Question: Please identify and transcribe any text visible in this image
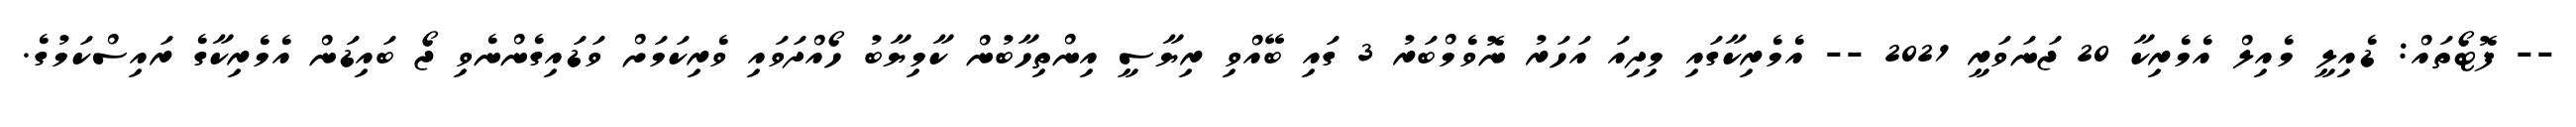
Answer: -- ފޮޓޯތައް: ޑެއިލީ މެއިލް އެމެރިކާ 20 ޖަނަވަރީ 2021 -- އެމެރިކާގައި މިދިއަ އަހަރު ނޮވެމްބަރު 3 ގައި ބޭއްވި ރިޔާސީ އިންތިހާބުން ކާމިޔާބު ހޯއްދަވައި ވެރިކަމަށް ވަޑައިގެންނެވި ޖޯ ބައިޑަން އެމެރިކާގެ ރައިސްކަމުގެ.